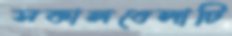
সকালবেলাটি